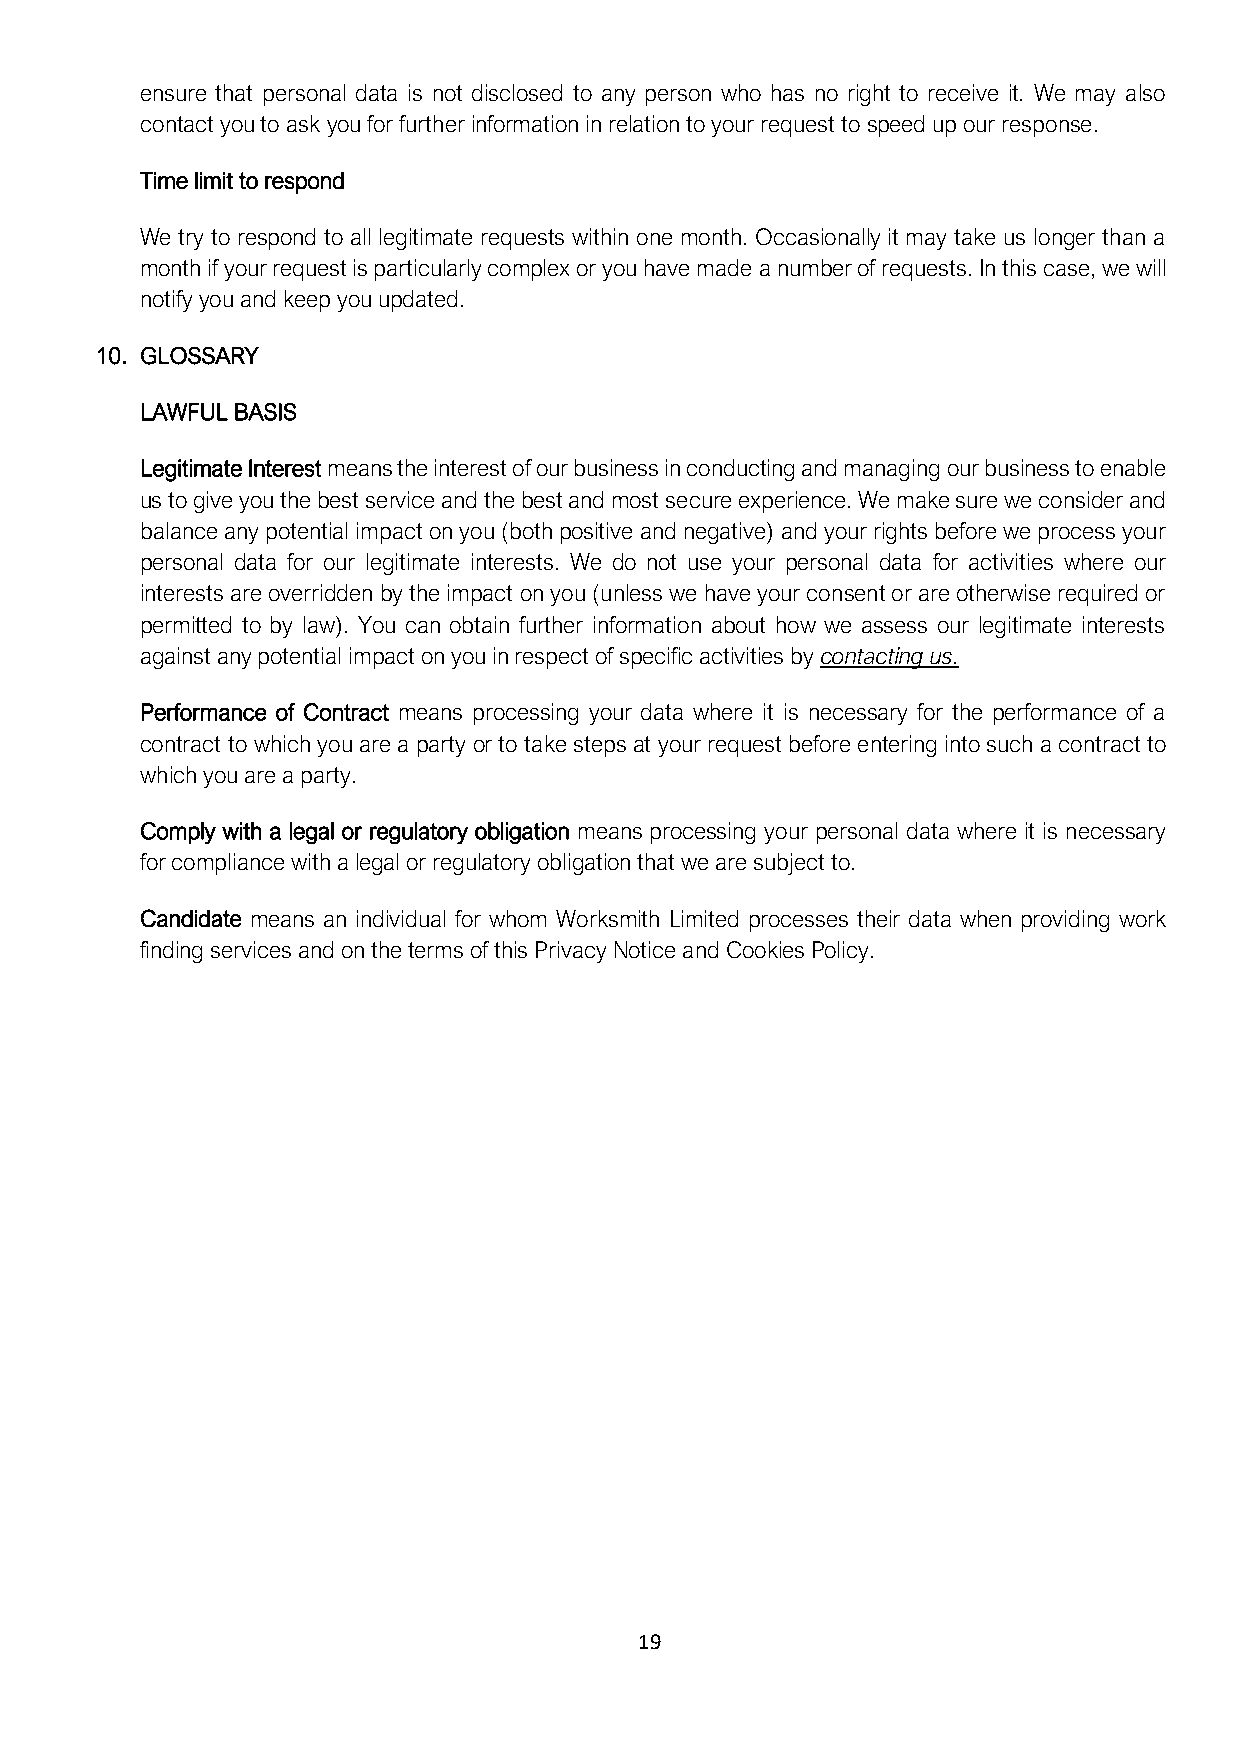
ensure that personal data is not disclosed to any person who has no right to receive it. We may also
 contact you to ask you for further information in relation to your request to speed up our response.
 Time limit to respond
 We try to respond to all legitimate requests within one month. Occasionally it may take us longer than a
 month if your request is particularly complex or you have made a number of requests. In this case, we will
 notify you and keep you updated.
 10. GLOSSARY
 LAWFUL BASIS
 Legitimate Interest means the interest of our business in conducting and managing our business to enable
 us to give you the best service and the best and most secure experience. We make sure we consider and
 balance any potential impact on you (both positive and negative) and your rights before we process your
 personal data for our legitimate interests. We do not use your personal data for activities where our
 interests are overridden by the impact on you (unless we have your consent or are otherwise required or
 permitted to by law). You can obtain further information about how we assess our legitimate interests
 against any potential impact on you in respect of specific activities by contacting us.
 Performance of Contract means processing your data where it is necessary for the performance of a
 contract to which you are a party or to take steps at your request before entering into such a contract to
 which you are a party.
 Comply with a legal or regulatory obligation means processing your personal data where it is necessary
 for compliance with a legal or regulatory obligation that we are subject to.
 Candidate means an individual for whom Worksmith Limited processes their data when providing work
 finding services and on the terms of this Privacy Notice and Cookies Policy.
 19